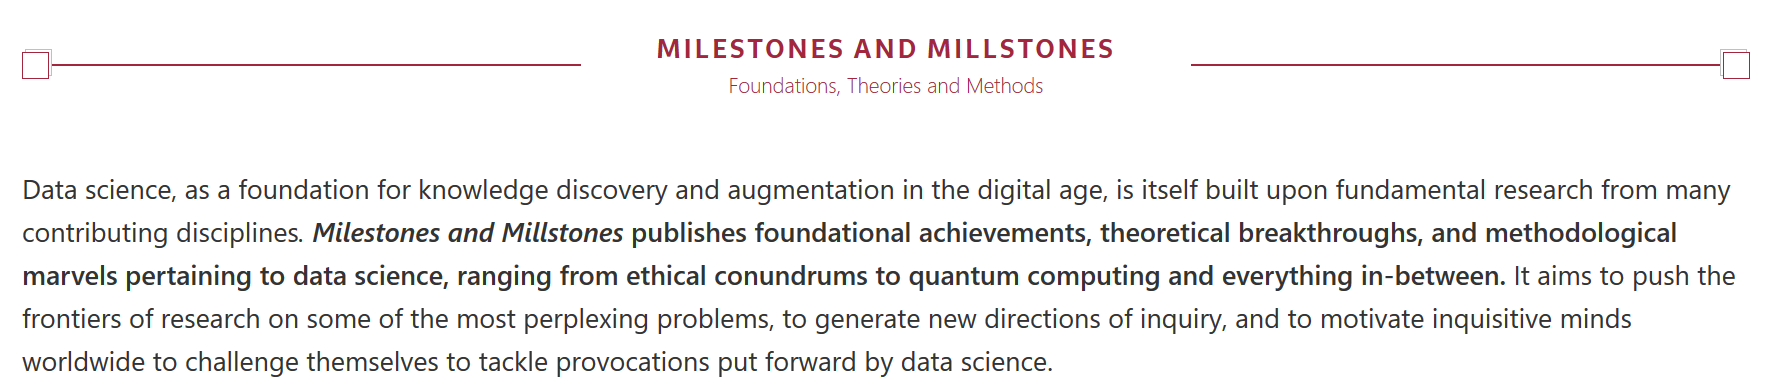
Data science, as a foundation for knowledge discovery and augmentation in the digital age, is itself built upon fundamental research from many
  contributing disciplines. Milestones and Millstones publishes foundational achievements, theoretical breakthroughs, and methodological
  marvels pertaining to data science, ranging from ethical conundrums to quantum computing and everything in-between. It aims to push the
  frontiers of research on some of the most perplexing problems, to generate new directions of inquiry, and to motivate inquisitive minds
  worldwide to challenge themselves to tackle provocations put forward by data science.
     MILESTONES    AND   MILLSTONES
     Foundations, Theories and Methods